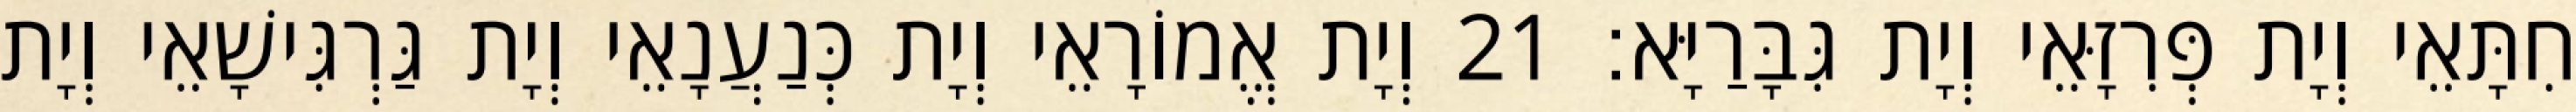
חִתָּאֵי וְיָת פְּרִזָּאֵי וְיָת גִּבָּרַיָּא׃ 21 וְיָת אֱמוֹרָאֵי וְיָת כְּנַעֲנָאֵי וְיָת גַּרְגִּישָׁאֵי וְיָת